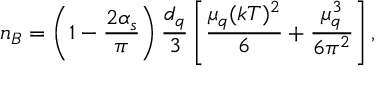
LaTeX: n _ { B } = \left( 1 - \frac { 2 \alpha _ { s } } { \pi } \right) \frac { d _ { q } } { 3 } \left[ \frac { \mu _ { q } ( k T ) ^ { 2 } } { 6 } + \frac { \mu _ { q } ^ { 3 } } { 6 \pi ^ { 2 } } \right] ,